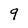
Character: 9